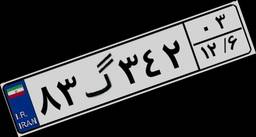
۰۱گ۵۰۲۴۸